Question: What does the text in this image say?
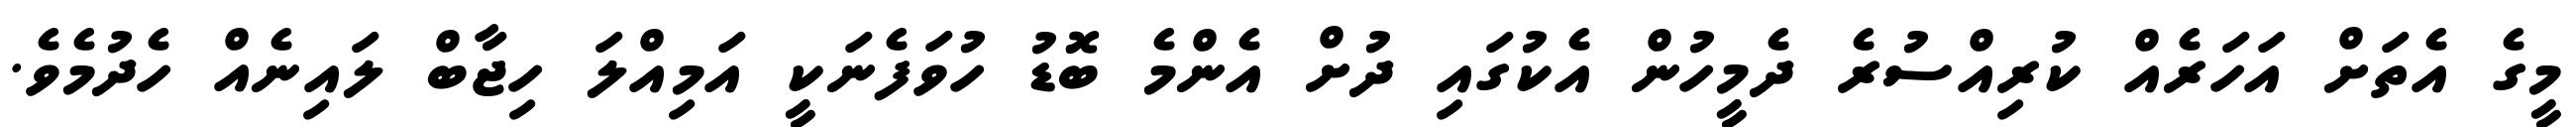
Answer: މީގެ އެތަށް އަހަރެއް ކުރިއްސުރެ ދެމީހުން އެކުގައި ދުށް އެންމެ ބޮޑު ހުވަފެނަކީ އަމިއްލަ ހިޖާބް ލައިނެއް ހެދުމެވެ.